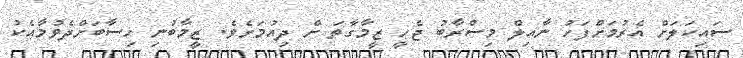
ސައިކަލަށް އެރުމަށްފަހު ނާއިލް މިސްރާބު ޖެހީ ޒީމާގާތަ ށް ދިއުމަށެވެ. ޒީމާބުނި ހިސާބަށްދެވުމާއެކު